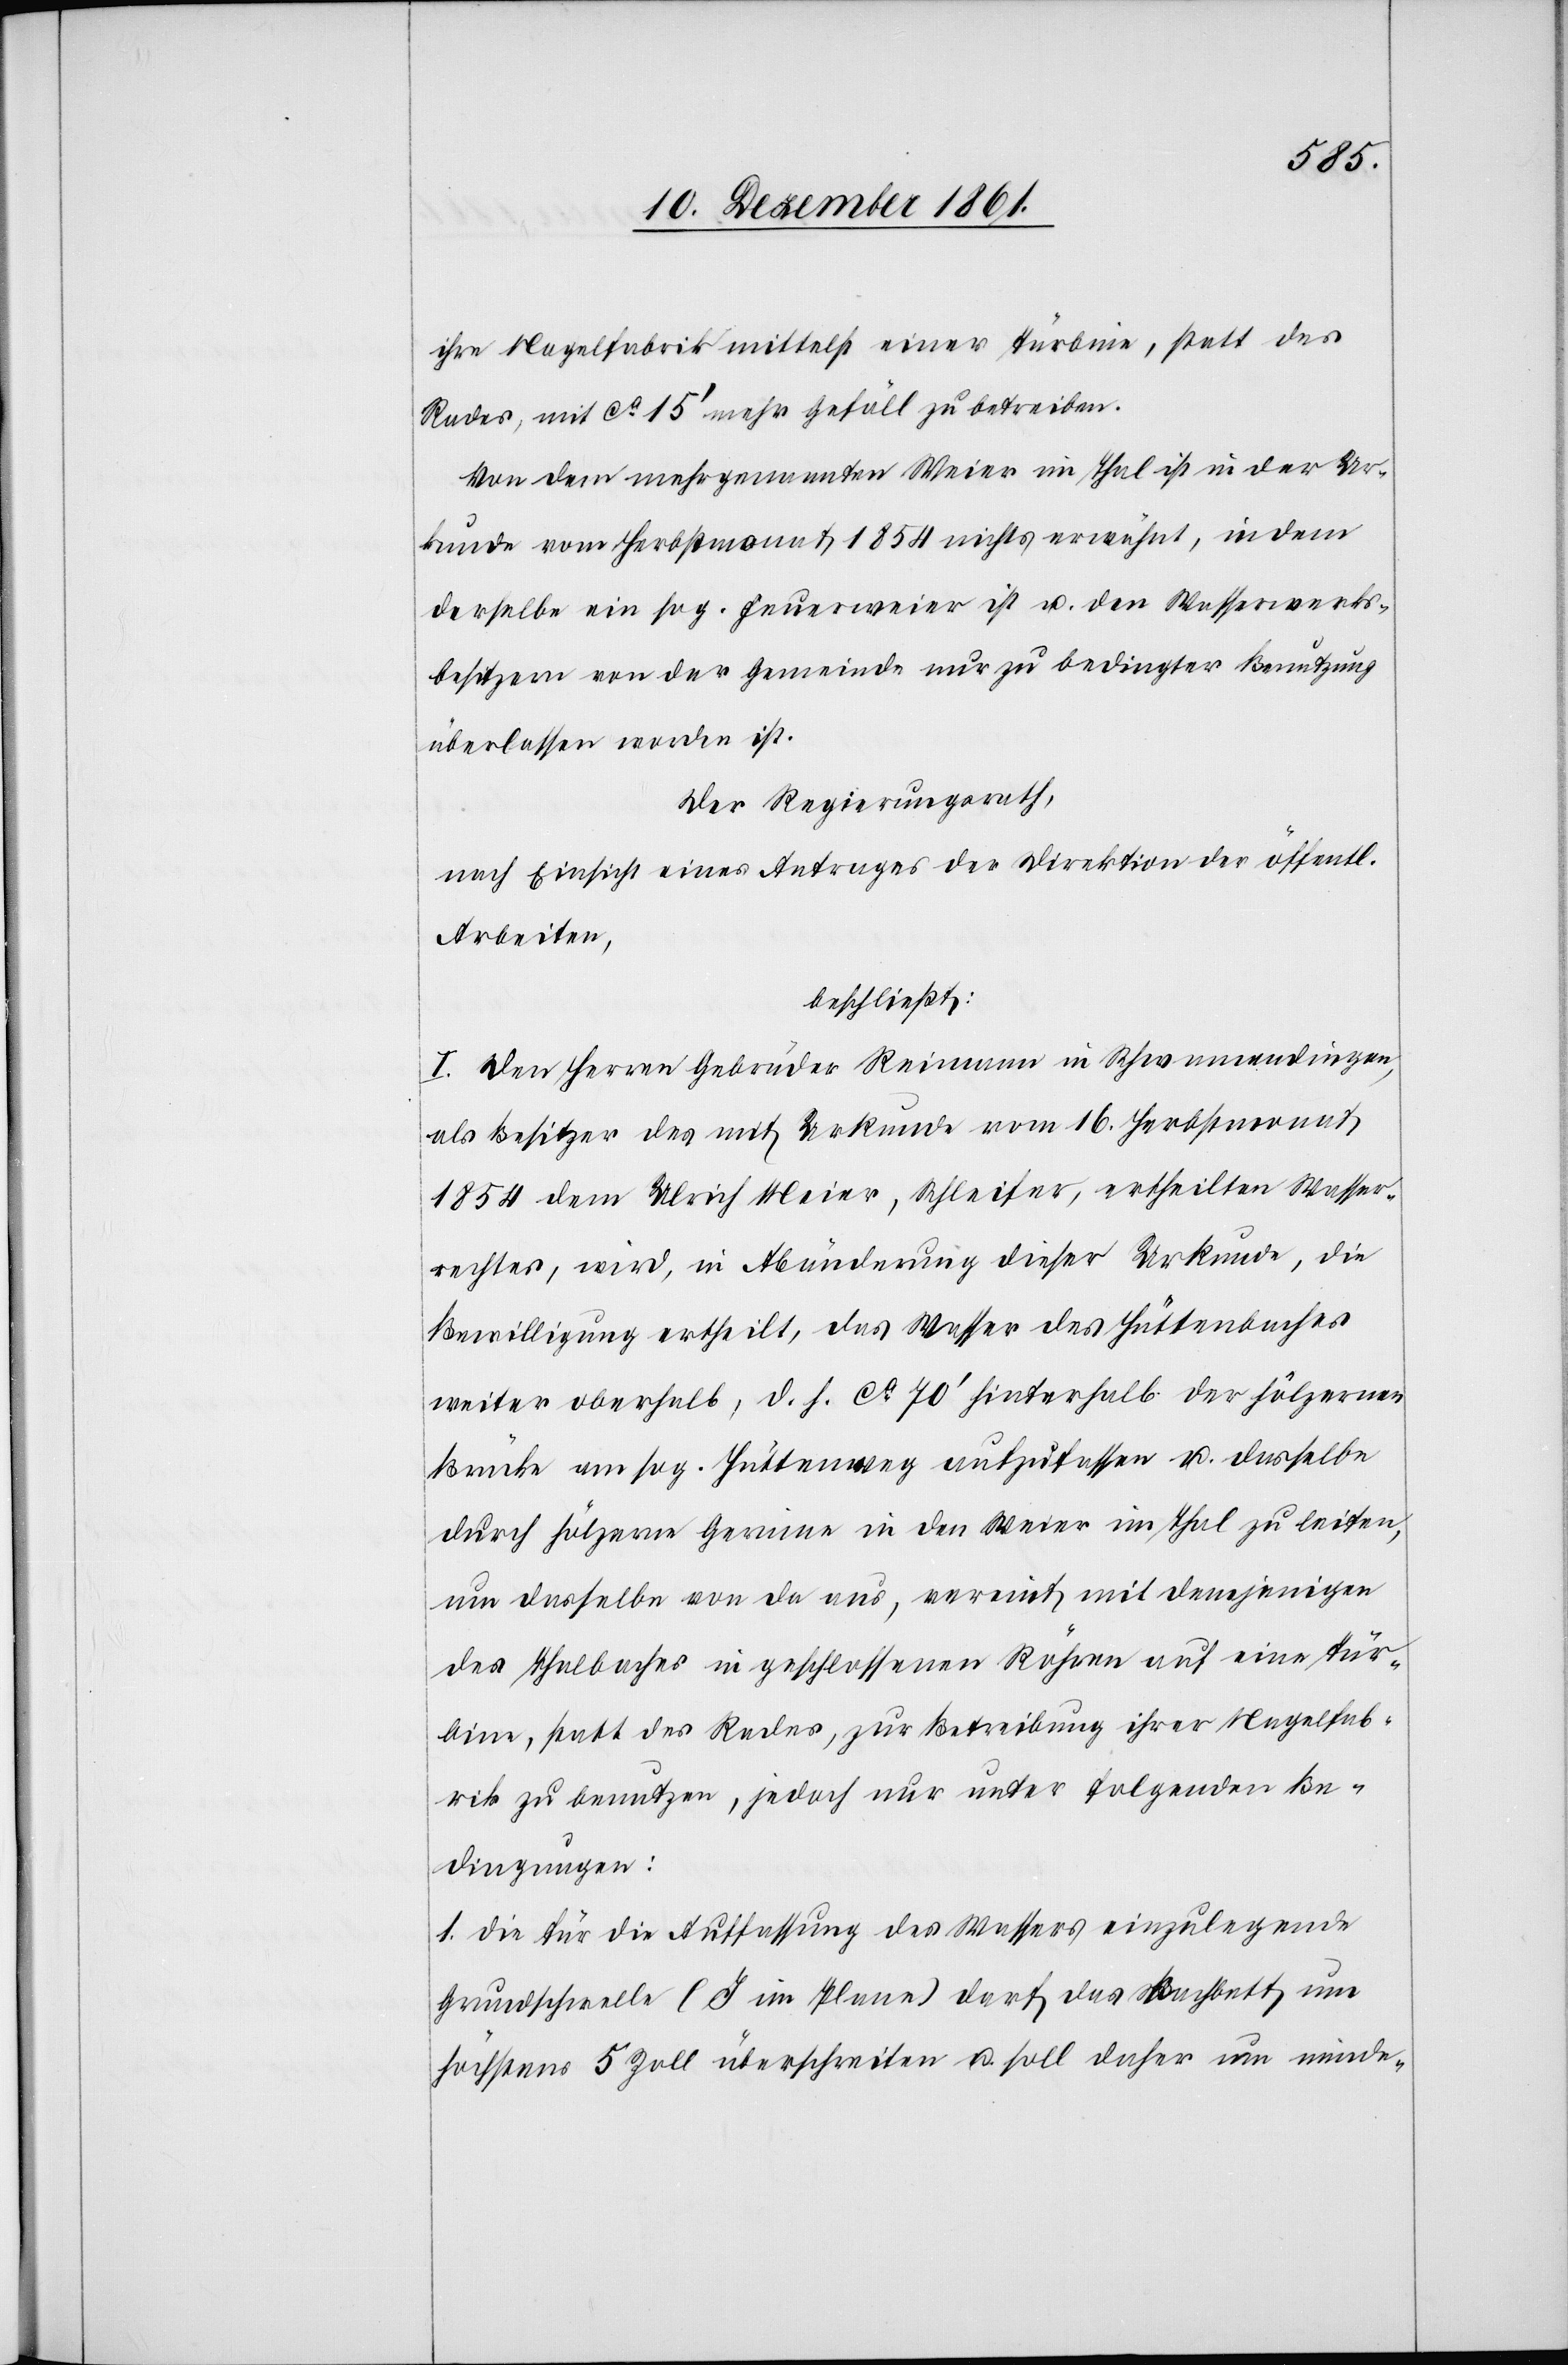
ihre Nagelfabrik mittelst einer Turbine, statt des
Rades, mit 15’ mehr Gefäll zu betreiben.
Von dem mehrgenannten Weier im Thal ist in der Ur¬
kunde vom Herbstmonat 1854 nichts erwähnt, in dem
derselbe ein sog. Feuerweier ist u. den Wasserwerks¬
besitzern von der Gemeinde nur zu bedingter Benutzung
überlassen worden ist.
Der Regierungsrath,
nach Einsicht eines Antrages der Direktion der öffentlichen
Arbeiten,
beschließt:
I. Den Herren Gebrüder Reimann in Schwamendingen,
als Besitzer des mit Urkunde vom 16 Herbstmonat
1854 dem Ulrich Meier, Schleifer, ertheilten Wasser¬
rechtes, wird, in Abänderung dieser Urkunde, die
Bewilligung ertheilt, das Wasser des Hüttenbaches
weiter oberhalb, d. h. ca 70’ hinterhalb der hölzernen
Brücke am sog. Hüttenweg aufzufassen u. dasselbe
durch hölzerne Gerinne in den Weier im Thal zu leiten,
um dasselbe von da aus, vereint mit demjenigen
des Thalbaches in geschlossenen Röhren auf eine Tur¬
bine, statt des Rades, zur Betreibung ihrer Nagelfab¬
rik zu benutzen, jedoch nur unter folgenden Be¬
dingungen:
1. Die für die Auffassung des Wassers einzulegende
Grundschwelle (J im Plane) darf das Bachbett um
höchstens 5 Zoll überschreiten u. soll daher um minde-